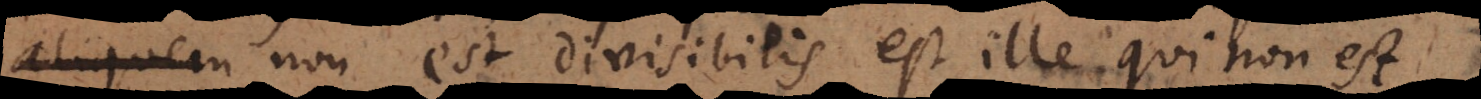
non est divisibilis est ille qui non est